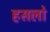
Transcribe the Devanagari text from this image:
हसलो